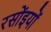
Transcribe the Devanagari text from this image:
रसोंइयों